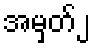
အမှတ်၂